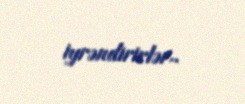
iyrəndirirlər..